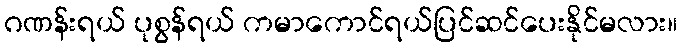
ဂဏန်းရယ် ပုစွန်ရယ် ကမာကောင်ရယ်ပြင်ဆင်ပေးနိုင်မလား။